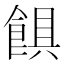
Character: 𩜃